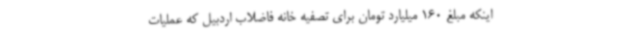
اینکه مبلغ 160 میلیارد تومان برای تصفیه خانه فاضلاب اردبیل که عملیات